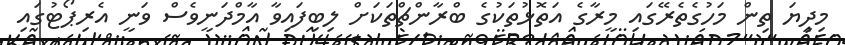
މިދިޔަ ތިން މަހުގެތެރޭގައި މީރާގެ އަތޮޅުތަކުގެ ބްރާންޗްތަކަށް ލިބިފައިވާ އާމްދަނީވެސް ވަނީ އެރިޕޯޓުގައި